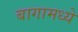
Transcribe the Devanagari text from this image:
बागामध्ये